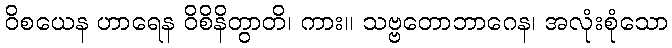
ဝိစယေန ဟာရေန ဝိစိနိတွာတိ၊ ကား။ သဗ္ဗတောဘာဂေန၊ အလုံးစုံသော